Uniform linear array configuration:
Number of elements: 12
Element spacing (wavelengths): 0.25
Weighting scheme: exponential
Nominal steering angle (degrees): -60
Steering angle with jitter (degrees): -61.001
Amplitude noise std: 0.05
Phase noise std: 0.05

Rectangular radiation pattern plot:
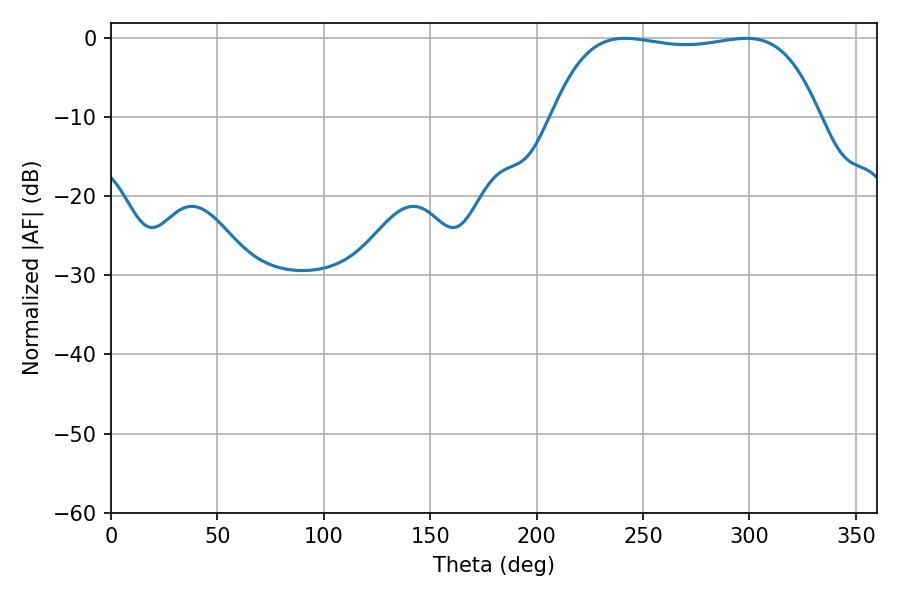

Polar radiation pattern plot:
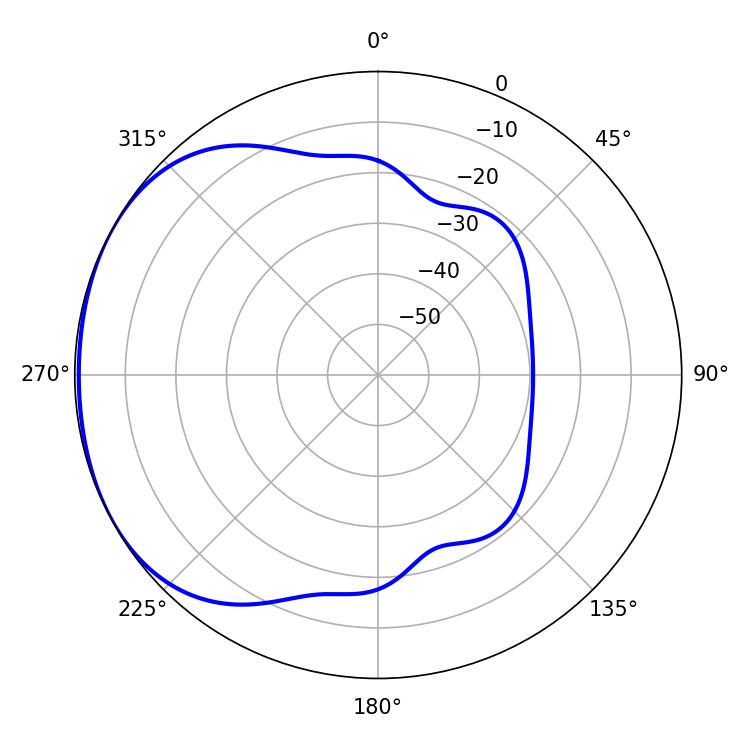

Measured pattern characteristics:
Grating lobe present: FALSE
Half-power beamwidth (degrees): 99.72
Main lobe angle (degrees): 241.56